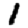
Digit: 1